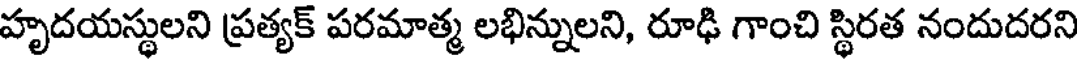
హృదయస్థులని ప్రత్యక్ పరమాత్మ లభిన్నులని, రూఢి గాంచి స్థిరత నందుదరని